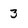
Character: 3